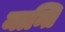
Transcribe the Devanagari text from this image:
मान्ति